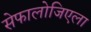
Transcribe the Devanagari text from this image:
सेफालोजिएला